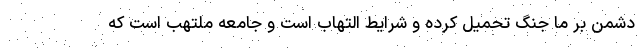
دشمن بر ما جنگ تحمیل کرده و شرایط التهاب است و جامعه ملتهب است که